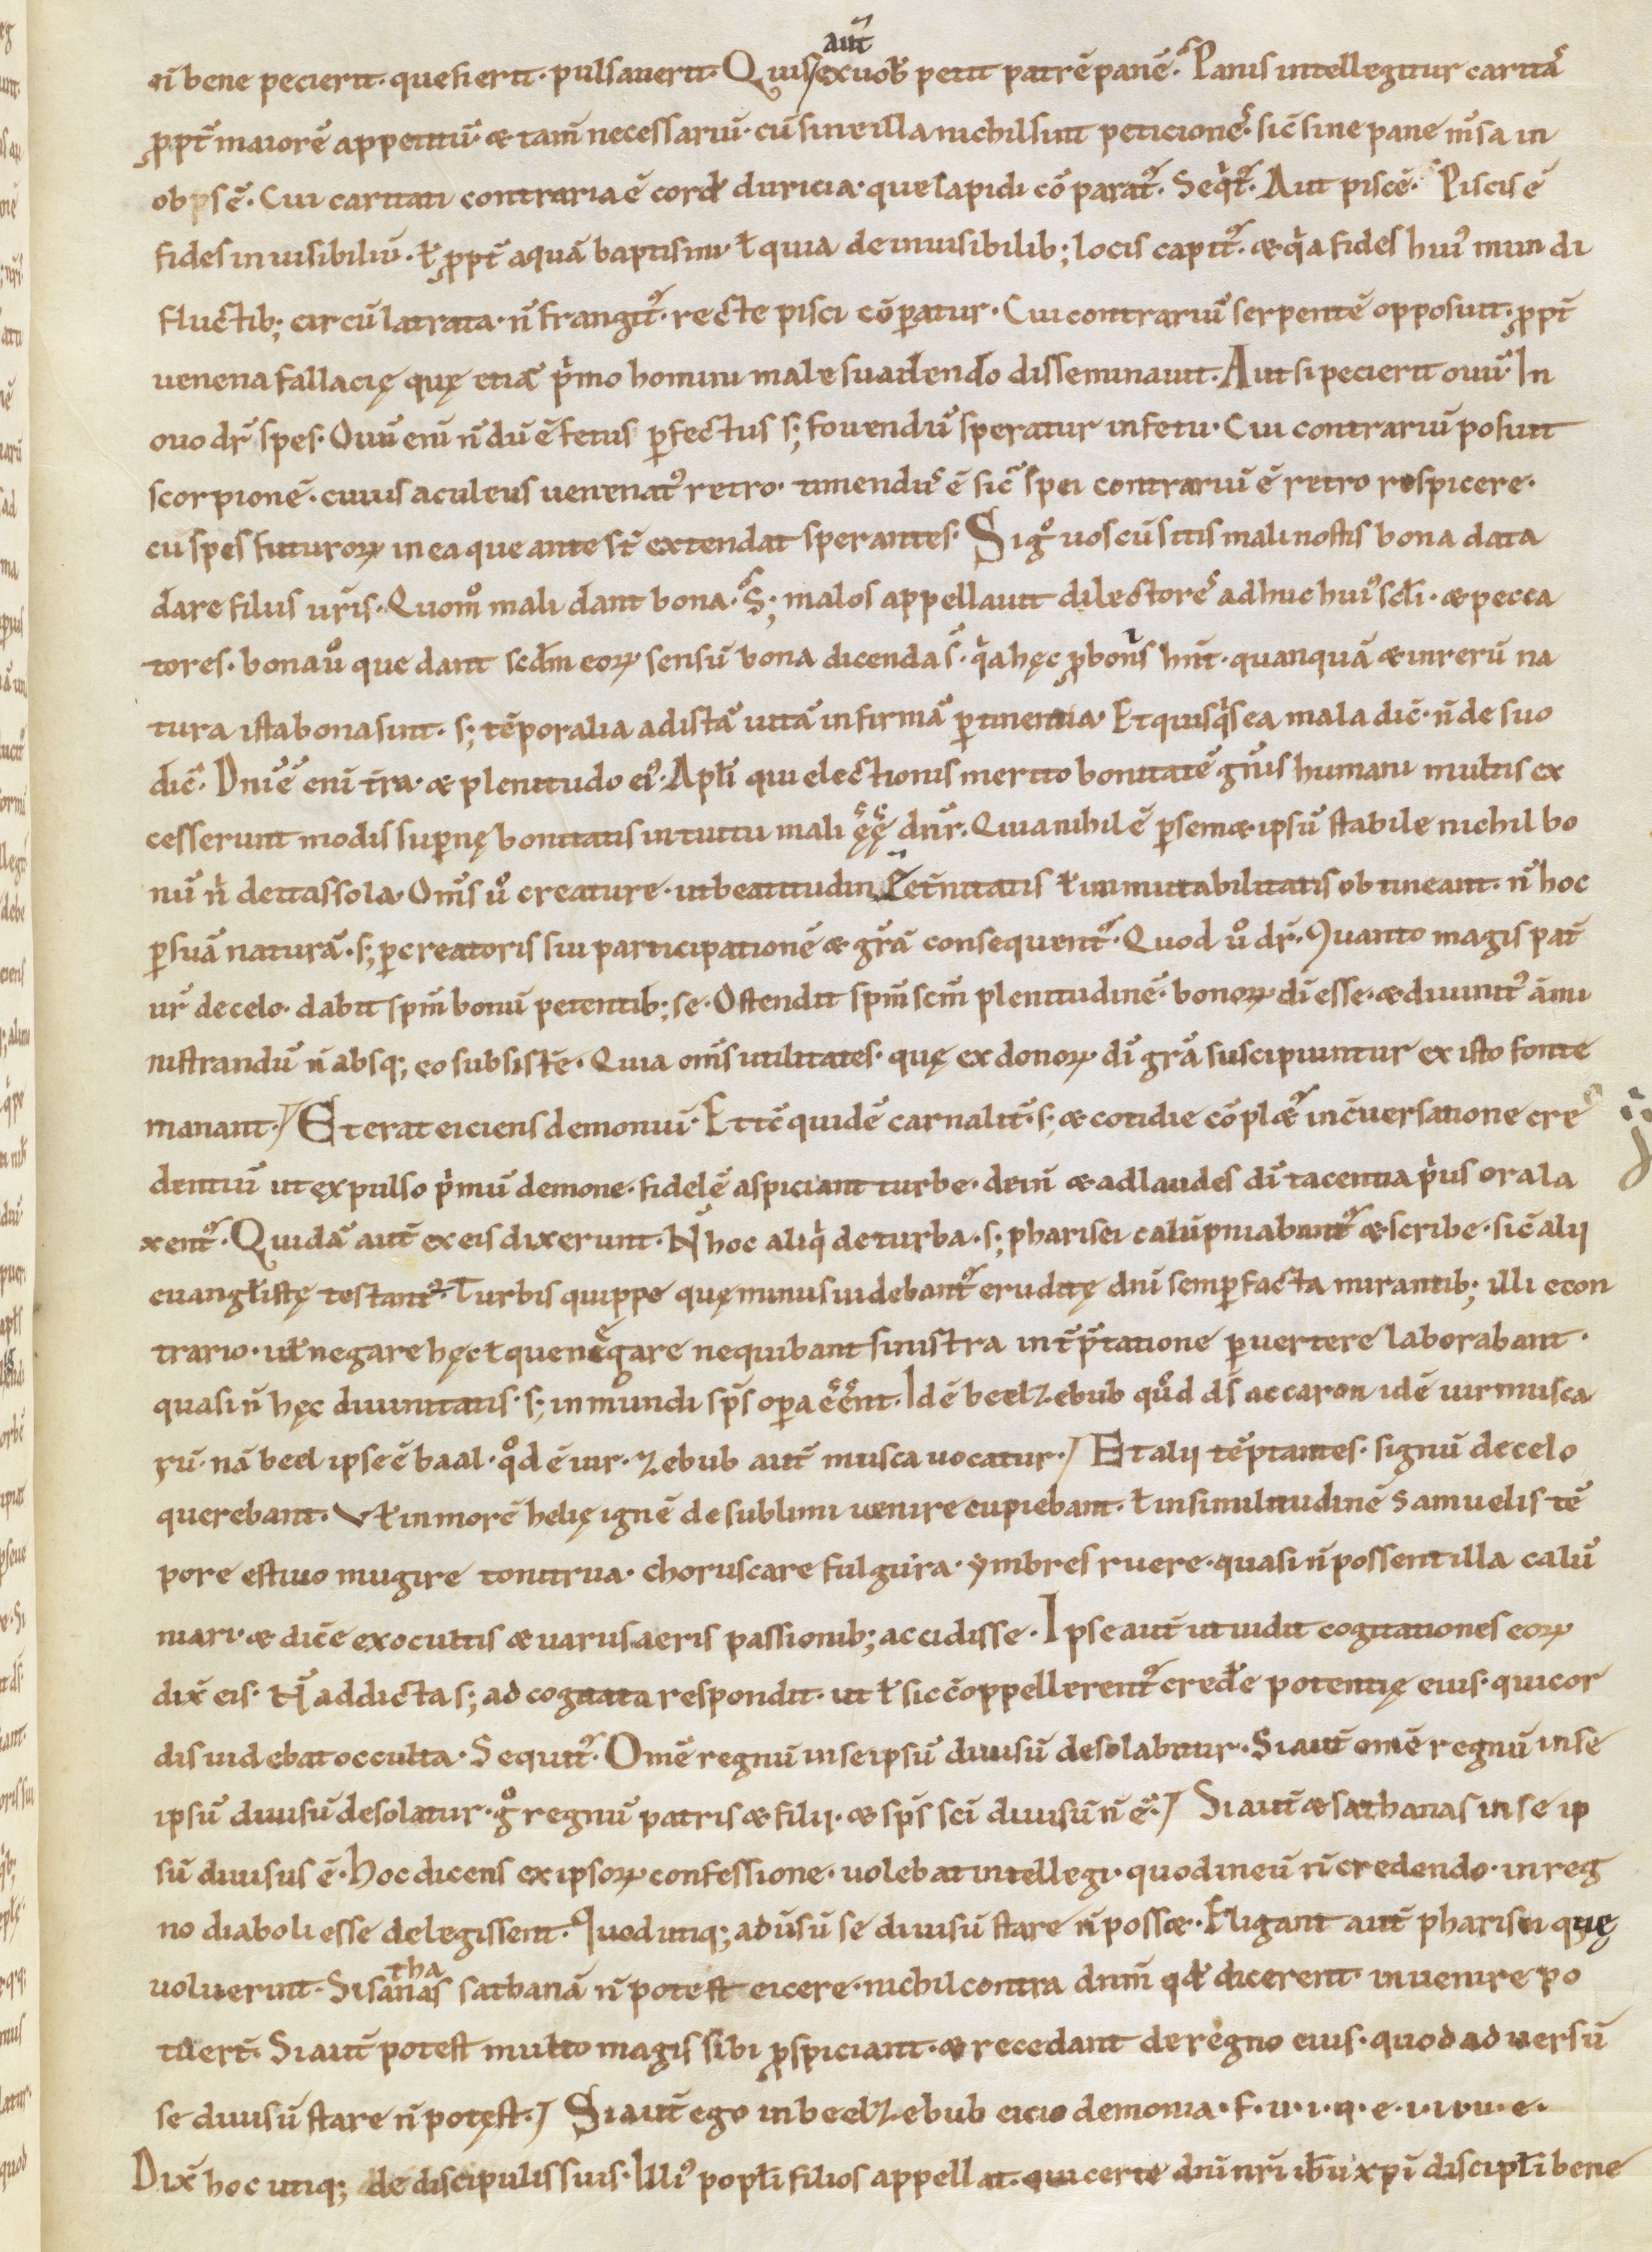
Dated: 1100–1199